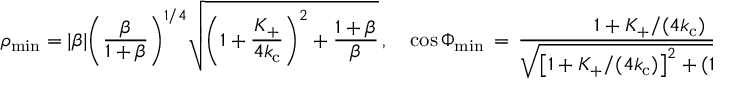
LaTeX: \rho _ { \mathrm { m i n } } = \vert \beta \vert \biggl ( \frac { \beta } { 1 + \beta } \biggr ) ^ { 1 / 4 } \sqrt { \biggl ( 1 + \frac { K _ { + } } { 4 k _ { \mathrm { c } } } \biggr ) ^ { 2 } + \frac { 1 + \beta } { \beta } } \, , \quad \cos \Phi _ { \mathrm { m i n } } \, = \, \frac { 1 + K _ { + } / ( 4 k _ { \mathrm { c } } ) } { \sqrt { \left[ 1 + K _ { + } / ( 4 k _ { \mathrm { c } } ) \right] ^ { 2 } + ( 1 + \beta ) / \beta } } .